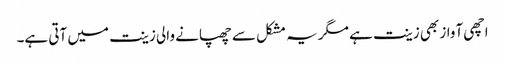
اچھی آواز بھی زینت ہے مگر یہ مشکل سے چھپانے والی زینت میں آتی ہے۔